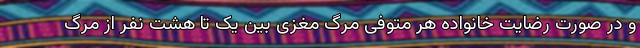
و در صورت رضایت خانواده هر متوفی مرگ مغزی بین یک تا هشت نفر از مرگ